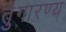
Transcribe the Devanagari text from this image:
तुंगारण्य